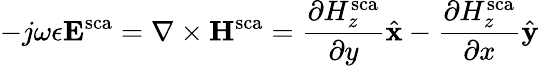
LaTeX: -j\omega\epsilon\mathbf{E}^{\mathrm{sca}}=\nabla\times\mathbf{H}^{\mathrm{sca}}=\frac{\partial H_{z}^{\mathrm{sca}}}{\partial y}\hat{\mathbf{x}}-\frac{\partial H_{z}^{\mathrm{sca}}}{\partial x}\hat{\mathbf{y}}